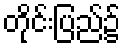
တိုင်းပြည်၌